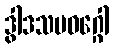
ဒွါဒသမဝဂ္ဂေါ